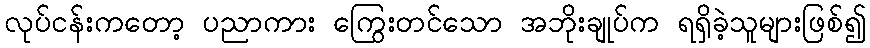
လုပ်ငန်းကတော့ ပညာကား ကြွေးတင်သော အဘိုးချုပ်က ရရှိခဲ့သူများဖြစ်၍